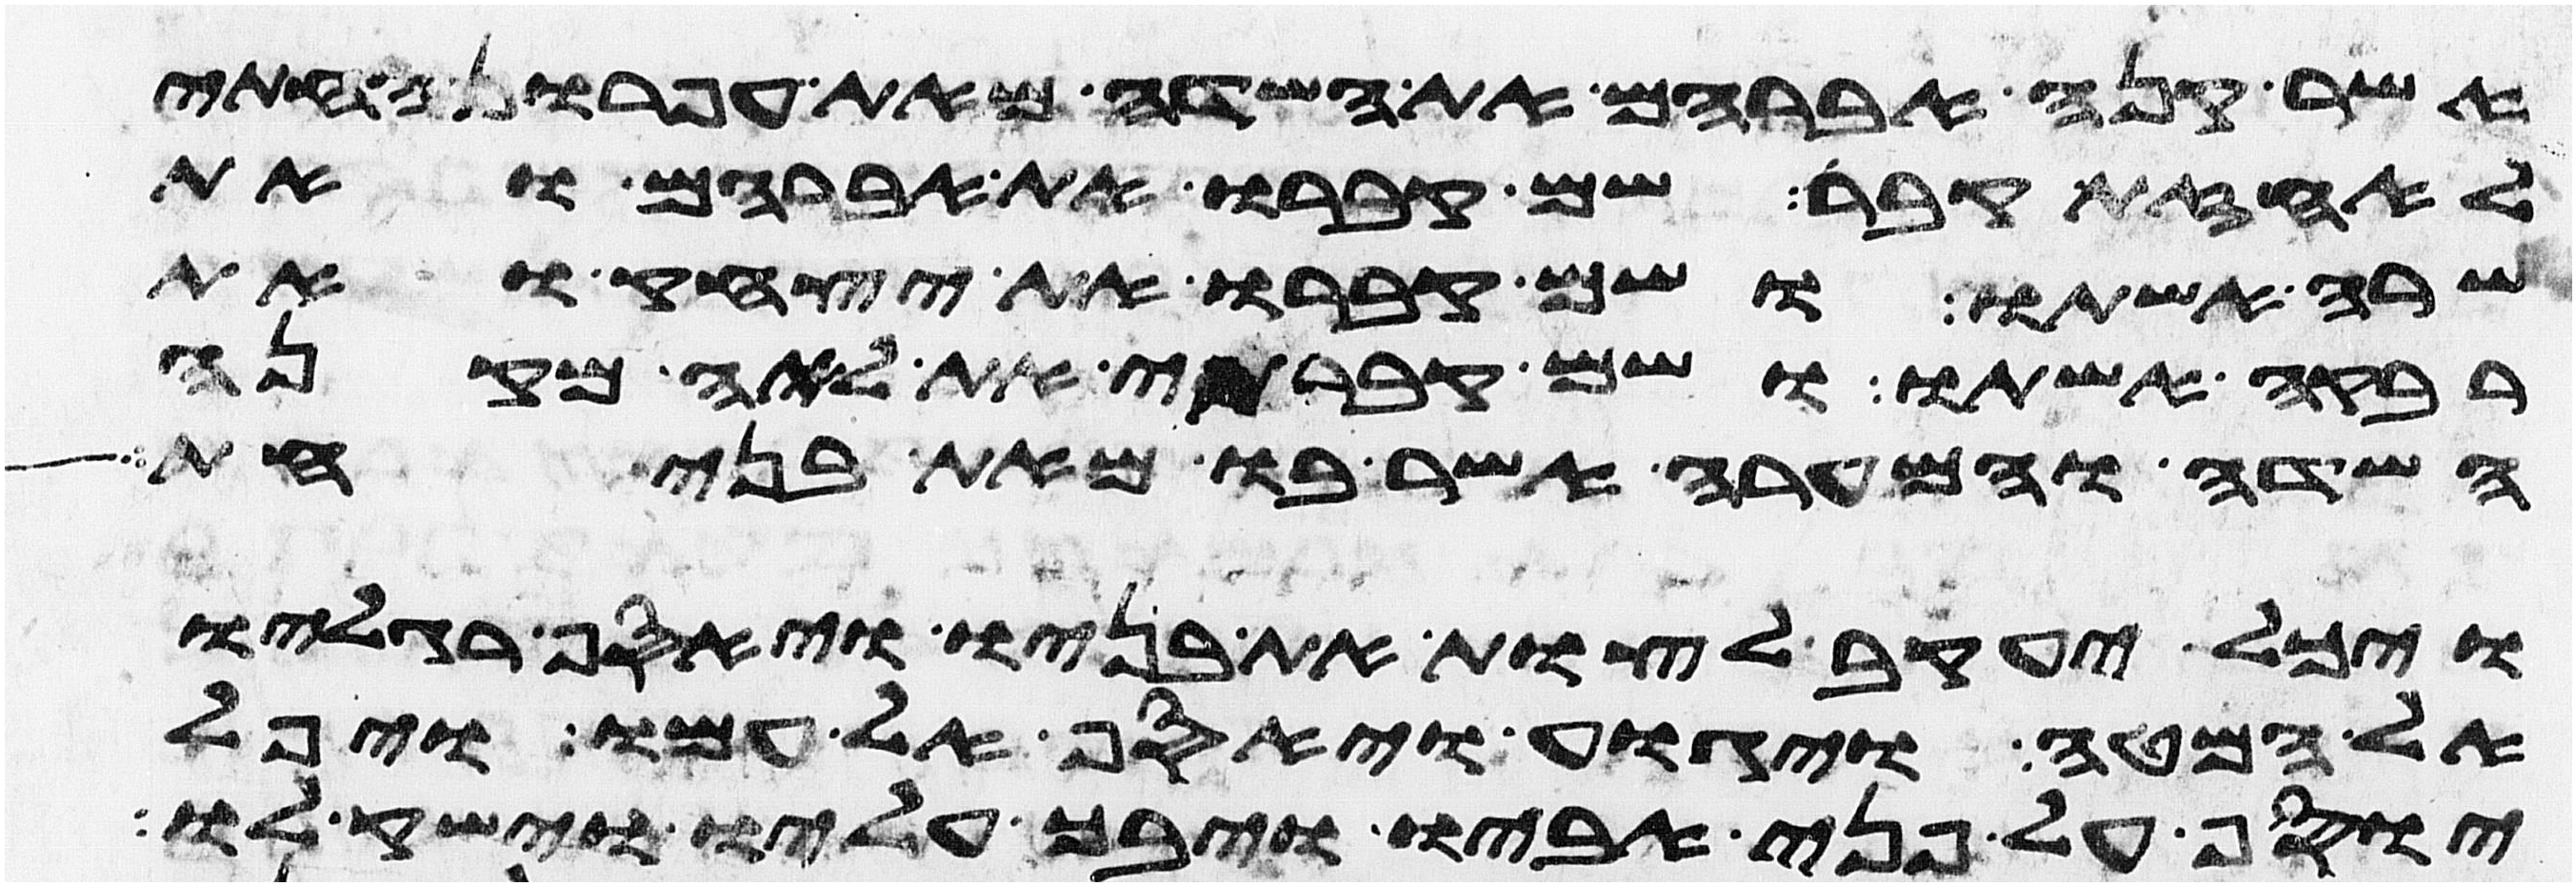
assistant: אשר קנה אברהם את השדה מאת עפרון החתי
לאחזת קבר שם קברו את אברהם ואת
שרה אשתו ושם קברו את יצחק ואת
רבקה אשתו ושם קברתי את לאה מקנה
השדה והמערה אשר בו מאת בני חת
ויכל יעקב לצות את בניו ויאסף רגליו
אל המטה ויגוע ויאסף אל עמו ויפל
יוסף על פני אביו ויבך עליו וישק לו